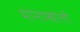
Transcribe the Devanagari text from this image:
मानाम्बोली